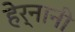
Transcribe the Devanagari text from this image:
हेर्नानी